Calcutta medical institutions reports 1892-1900
Year: 1892
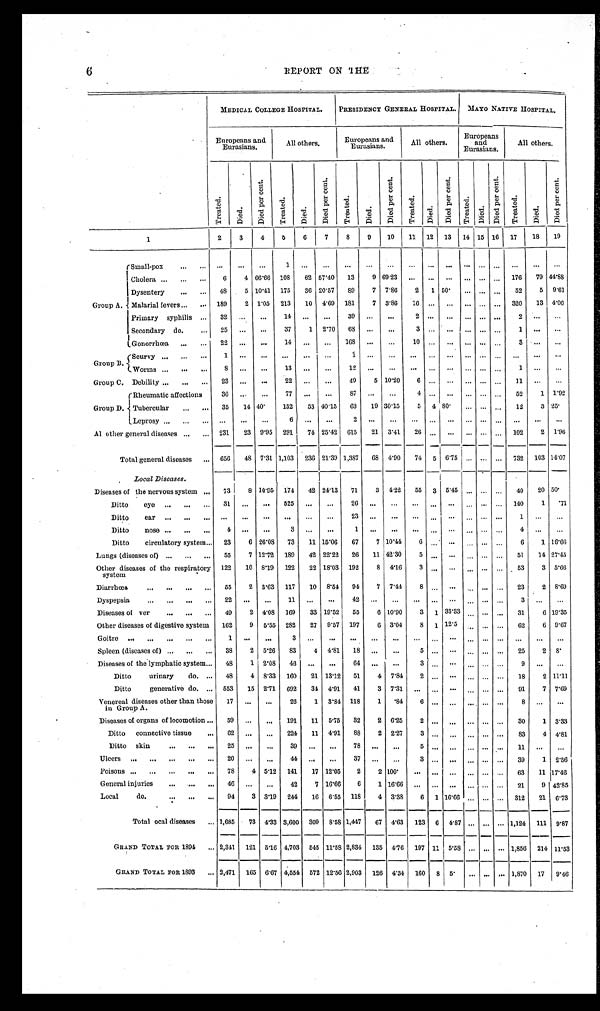
6
REPORT ON THE
MEDICAL COLLEGE HOSPITAL.
PRESIDENCY GENERAL HOSPITAL.
MAYO NATIVE HOSPITAL.
Europeans and
Eurasians.
All others.
Europeans and
Eurasians.
All others.
Europeans
and
Eurasians.
All others.
T r e a t e d .
Died.
D i e d p e r c e n t .
T r e a t e d .
Died.
D i e d p e r c e n t .
T r e a t e d .
D i e d .
D i e d p e r c e n t .
T r e a t e d .
D i e d .
D i e d p e r c e n t .
T r e a t e d .
D i e d .
D i e d p e r c e n t .
T r e a t e d .
D i e d .
D i e d p e r c e n t .
1
2
3
4
5
6
7
8
9 10
11
1 2 13
14 15 16
17
18
19
Group A.
Small-pox . . .
. . .
. . .
. . .
1
. . .
. . .
. . .
. . . . . .
. . .
. . .
. . .
. . .
. . . . . .
. . .
. . .
. . .
Cholera . . .
6
4 66.66
108
62 57.40
13
9 69.23
. . .
. . .
. . .
. . .
. . . . . .
176
79 44.88
Dysentery . . .
48
5 10.41
175
36 20.57
89
7
7.86
2
1 50.
. . .
. . . . . .
52
5
9.61
M a l a r i a l f e v e r s . . .
189
2 1.05
213
10
4.69
181
7
3.86
16
. . .
. . .
. . .
. . . . . .
320
13 4.06
Primary syphilis . . .
32
. . .
. . .
14
. . .
. . .
39
. . .
. . .
2
. . .
. . .
. . .
. . . . . .
2
. . .
. . .
Secondary do. . . .
25
. . .
. . .
37
1
2.70
68
. . .
. . .
3
. . .
. . .
. . .
. . . . . .
1
. . .
. . .
G o n o r r h œ a . . .
22
. . .
. . .
14
. . .
. . . 168
. . .
. . .
10
. . .
. . .
. . .
. . . . . .
3
. . .
. . .
Group B.
Scurvy . . .
1
. . .
. . .
. . .
. . .
. . .
1
. . .
. . .
. . .
. . .
. . .
. . .
. . . . . .
. . .
. . .
. . .
Worms . . .
8
. . .
. . .
13
. . .
. . . 12
. . .
. . .
. . .
. . .
. . .
. . .
. . . . . .
1
. . .
. . .
Group C. Debility . . .
23
. . .
. . .
22
. . .
. . .
49
5 10.20
6
. . .
. . .
. . .
. . . . . .
11
. . .
. . .
Group D.
Rheumatic affections
36
. . . . . .
77
. . .
. . .
87
. . .
. . .
4
. . .
. . .
. . .
. . . . . .
52
1 1.92
T u b e r c u l a r . . .
35
14 40.
132
53 40.15
63
19 30.15
5
4 80.
. . .
. . . . . .
12
3 25.
Leprosy . . .
. . .
. . .
. . .
6
. . .
. . .
2
. . .
. . .
. . .
. . .
. . .
. . .
. . . . . .
. . .
. . .
. . .
All other general diseases . . .
231
23
9.95
291
74 25.42
615
21
3.41
26
. . .
. . .
. . .
. . . . . .
102
2
1.96
Total general diseases . . .
656
48 7.31 1,103
236 21.39 1,387
68
4.90
74
5
6.75
. . .
. . . . . .
732
103 14.07
Local Diseases.
Diseases of the nervous system . . .
73
8 10.95
174
42 24.13
71
3 4.22
55
3
5.45
. . .
. . . . . .
40
20 50.
Ditto eye . . .
31
. . .
. . .
525
. . .
. . .
26
. . .
. . .
. . .
. . .
. . .
. . .
. . . . . .
140
1
. 7 1
Ditto ear . . .
. . .
. . .
. . .
. . .
. . .
. . .
2 3
. . .
. . .
. . .
. . .
. . .
. . .
. . . . . .
1
. . .
. . .
Ditto nose . . .
4
. . .
. . .
3
. . .
. . .
1
. . .
. . .
. . .
. . .
. . .
. . .
. . .. . . .
4
. . .
. . .
Ditto circulatory system . . .
23
6 26.08
73
11 15.06
67
7 10.44
6
. . .
. . .
. . .
. . . . . .
6
1 16.66
Lungs (diseases of) . . .
55
7 12.72
189
42 22.22
26
11 42.30
5
. . .
. . .
. . .
. . . . . .
51
14 27.45
Other diseases of the respiratory
system
122
10
8.19
122
22 18.03
192
8
4.16
3
. . .
. . .
. . .
. . . . . .
53
3 5.66
D i a r r h œ a . . .
55
2
3.63
117
10
8.54
94
7
7.44
8
. . .
. . .
. . .
. . . . . .
23
2
8.69
Dyspepsia . . .
22
. . .
. . .
11
. . .
. . .
42
. . .
. . .
. . .
. . .
. . .
. . .
. . . . . .
3
. . .
. . .
Diseases of ver . . .
49
2 4.08
169
33 19.52
55
6 10.90
3
1 33.33
. . .
. . .
. . .
31
6 19.35
Other diseases of digestive system
162
9
5.55
282
27
9.57
197
6 3.04
8
1 12.5
. . .
. . .
. . .
62
6 9.67
Goitre . . .
1
. . . . . .
3
. . .
. . .
. . .
. . .
. . .
. . .
. . .
. . .
. . .
. . .
. . .
. . .
. . .
. . .
Spleen (diseases of) . . .
38
2
5.26
83
4
4.81
18
. . .
. . .
5
. . .
. . .
. . .
. . .
. . .
2 5
2
8.
Diseases of the lymphatic system . . .
48
1 2.08
46
. . .
. . .
64
. . .
. . .
3
. . .
. . .
. . .
. . .
. . .
9
. . .
. . .
Ditto urinary do. . . .
48
4
8.33
160
21 13.12
51
4
7.84
2
. . .
. . .
. . .
. . .
. . .
18
2 11.11
Ditto generative do. . . .
553
15 2.71
692
34 4.91
41
3
7.31
. . .
. . .
. . .
. . .
. . .
. . .
91
7 7.69
Venereal diseases other than those
in Group A.
17
. . .
. . .
26
1
3.84
118
1
.84
6
. . .
. . .
. . .
. . .
. . .
8
. . .
. . .
Diseases of organs of locomotion . . .
59
. . .
. . .
191
11
5.75
32
2 6.25
2
. . .
. . .
. . .
. . .
. . .
30
1
3.33
Ditto connective tissue . . .
62
. . .
. . .
224
11
4.91
88
2
2.27
3
. . .
. . .
. . .
. . .
. . .
83
4 4.81
Ditto skin . . .
2 5
. . . . . .
3 9
. . .
. . .
7 8
. . .
. . .
5
. . .
. . .
. . .
. . .
. . .
1 1
. . .
. . .
U l c e r s . . .
20
. . . . . .
44
. . .
. . .
37
. . .
. . .
3
. . .
. . .
. . .
. . .
. . .
39
1
2.56
Poisons . . .
78
4 5.12
141
17 12.05
2
2 100.
. . .
. . .
. . .
. . .
. . .
. . .
63
11 17.46
General injuries . . .
46
. . .
. . .
42
7 16.66
6
1 16.66
. . .
. . .
. . .
. . .
. . .
. . . 21
9 42.85
Local do. . . .
94
3 3.19
244
16
6.55
118
4 3.38
6
1 16.66
. . .
. . .
. . . 312
21 6.73
Total ocal diseases . . . 1,685
73 4.33 3,600
309
8.58 1,447
67
4.63
123
6
4.87
. . .
. . .
. . . 1,124
111
9.87
GRAND TOTAL FOR 1894 . . . 2,341
121
5.16 4,703
545 11.58 2,834
135
4.76
197 11 5.58
. . .
. . .
. . .
1,856
214 11.53
GRAND TOTAL FOR 1893 . . . 2,471
165 6.67 4,554
572 12.56 2,903
126 4.34
160
8
5.
. . .
. . .
. . . 1,870
17
9.46